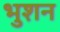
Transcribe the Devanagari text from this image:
भुशन